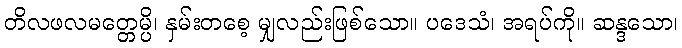
တိလဖလမတ္တေမ္ပိ၊ နှမ်းတစေ့ မျှလည်းဖြစ်သော။ ပဒေသံ၊ အရပ်ကို။ ဆန္ဒသော၊